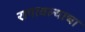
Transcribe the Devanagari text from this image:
रागावल्याचा